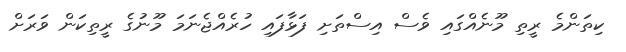
ކިތަންމެ ރީތި މޫނެއްގައި ވެސް އިސްތަށި ފަޅާފައި ހުރެއްޖެނަމަ މޫނުގެ ރީތިކަން ވަރަށް